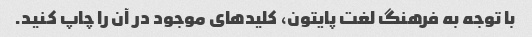
با توجه به فرهنگ لغت پایتون، کلیدهای موجود در آن را چاپ کنید.